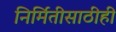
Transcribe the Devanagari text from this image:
निर्मितीसाठीही